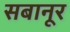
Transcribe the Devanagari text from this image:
सबानूर